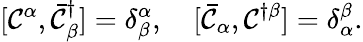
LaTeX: [\mathcal{C}^{\alpha},\bar{{\mathcal{C}}}_{\beta}^{\dagger}]=\delta_{\beta}^{\alpha},\quad[\bar{{\mathcal{C}}}_{\alpha},\mathcal{C}^{\dagger\beta}]=\delta_{\alpha}^{\beta}.